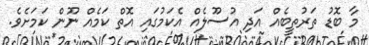
މާ ބޮޑު ތަރުތީބެއް އަދި އުސޫލެއް އެކަމުގައި އޮތް ކަމެއް ނޫން ކަމަށެވެ.